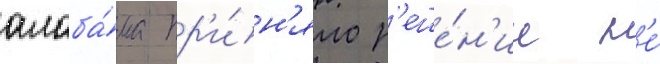
алаба́ма пр'и́н'яло р'еше́н'ие н'е́